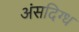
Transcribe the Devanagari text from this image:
अंसदिग्ध